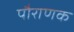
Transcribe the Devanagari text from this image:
पौराणक